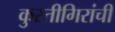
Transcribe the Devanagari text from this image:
कुस्तीगिरांची